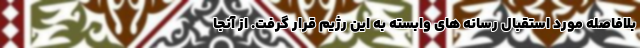
بلافاصله مورد استقبال رسانه های وابسته به این رژیم قرار گرفت. از آنجا